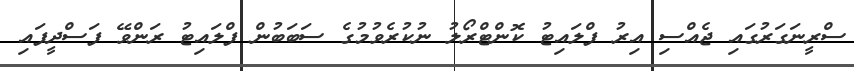
ސްރީނަގަރުގައި ޖެއްސި އިރު ފްލައިޓު ކޮންޓްރޯލު ނުކުރެވުމުގެ ސަބަބުން ފްލައިޓު ރަންވޭ ފަސްދީފައި